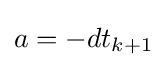
a=-dt_{k+1}